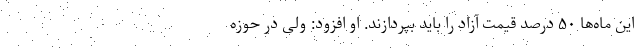
این ماه‌ها ۵۰ درصد قیمت آزاد را باید بپردازند. او افزود: ولی در حوزه